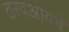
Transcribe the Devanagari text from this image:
ठरवआयचे